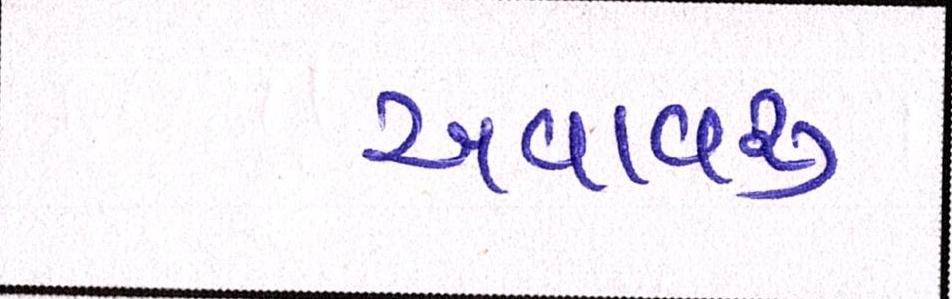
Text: અવાવરૂ